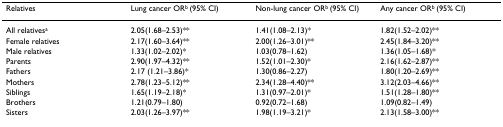
| Relatives | Lung cancer ORb (95% CI) | Non-lung cancer ORb (95% CI) | Any cancer ORb (95% CI) |
 | --- | --- | --- | --- |
 | All relativesa | 2.05(1.68–2.53)** | 1.41(1.08–2.13)* | 1.82(1.52–2.02)** |
 | Female relatives | 2.17(1.60–3.64)** | 2.00(1.26–3.01)** | 2.45(1.84–3.20)** |
 | Male relatives | 1.33(1.02–2.02)* | 1.03(0.78–1.62) | 1.36(1.05–1.68)* |
 | Parents | 2.90(1.97–4.32)** | 1.52(1.01–2.30)* | 2.16(1.62–2.87)** |
 | Fathers | 2.17 (1.21–3.86)* | 1.30(0.86–2.27) | 1.80(1.20–2.69)** |
 | Mothers | 2.78(1.23–5.12)** | 2.34(1.28–4.40)** | 3.12(2.03–4.66)** |
 | Siblings | 1.65(1.19–2.18)* | 1.31(0.97–2.01)* | 1.51(1.28–1.80)** |
 | Brothers | 1.21(0.79–1.80) | 0.92(0.72–1.68) | 1.09(0.82–1.49) |
 | Sisters | 2.03(1.26–3.97)** | 1.98(1.19–3.21)* | 2.13(1.58–3.00)** |